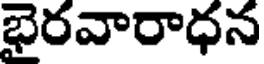
భైరవారాధన